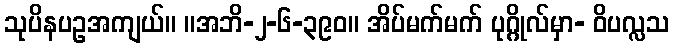
သုပိနပဥအကျယ်။ ။အဘိ-၂-၆-၃၉၀။ အိပ်မက်မက် ပုဂ္ဂိုလ်မှာ- ဝိပလ္လသ